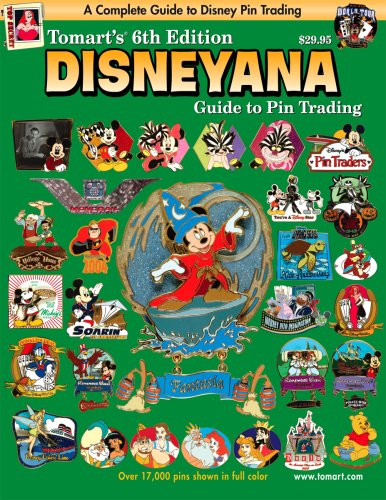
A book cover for Tomart's 6th Edition DISNEYANA Guide to Pin Trading (Tomart's Illustrated Disneyana Catalog & Price Guide); Thomas Tumbusch; Crafts, Hobbies & Home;